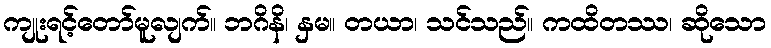
ကျုးရင့်တော်မူလျက်။ ဘဂိနိ၊ နှမ။ တယာ၊ သင်သည်။ ကထိတဿ၊ ဆိုသော